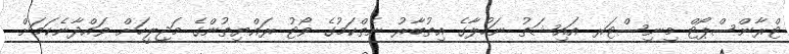
ޓްރާންސްޕޯޓް މިނިސްޓަރ އައިޝަތު ނަހުލާގެ އިތުބާރު ނެތްކަމުގެ ވޯޓު ރައްޔިތުންގެ މަޖިލީހަށް ވައްދާނެކަމަށް